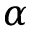
\alpha